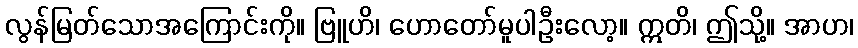
လွန်မြတ်သောအကြောင်းကို။ ဗြူဟိ၊ ဟောတော်မူပါဦးလော့။ ဣတိ၊ ဤသို့။ အာဟ၊